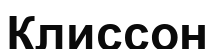
Клиссон